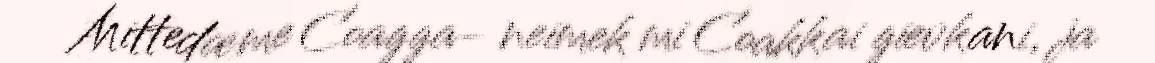
Mittedæme Coagga- neimek mi Coakkai gievkani, ja